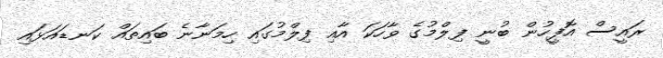
ރައީސް އޮފީހުން ބުނީ ފިލްމުގެ ވާހަކަ އާއި ފިލްމުގައި ހިމަނާނެ ބައިތައް ކަނޑައަޅައި